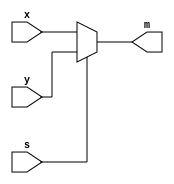
module multiplexer_4_1 (x,y,s,m);

	input [3:0] x,y;
	input s;
	output reg [3:0] m;
	
	always @(*)
		begin
		if (s)
			m = y;
		else
			m = x;
		end
	
endmodule